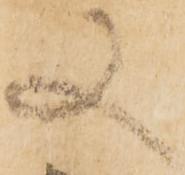
又